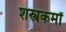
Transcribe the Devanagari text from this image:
शस्त्रकर्मों